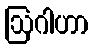
ဩဂါဟာ